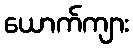
ယောက်ကျား